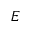
\boldsymbol { E }